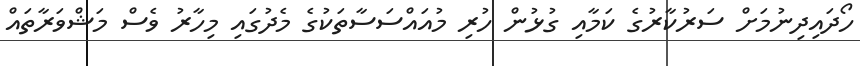
ހޯދައިދިނުމަށް ސަރުކާރުގެ ކަމާއި ގުޅުން ހުރި މުއައްސަސާތަކުގެ މެދުގައި މިހާރު ވެސް މަޝްވަރާތައް